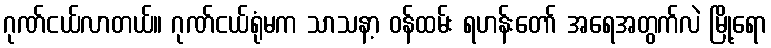
ဂုဏ်ငယ်လာတယ်။ ဂုဏ်ငယ်ရုံမက သာသနာ့ ဝန်ထမ်း ရဟန်းတော် အရေအတွက်လဲ မြို့ရော